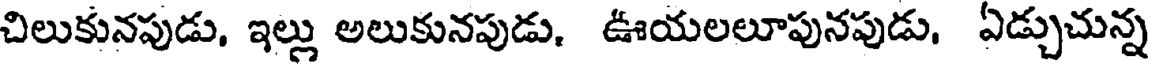
చిలుకునపుడు, ఇల్లు అలుకునపుడు, ఊయలలూపునపుడు. ఏడ్చుచున్న